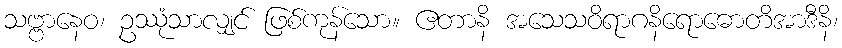
သဗ္ဗာနေဝ၊ ဥဿုံသာလျှင် ဖြစ်ကုန်သော။ ဧတာနိ အသေသဝိရာဂနိရောဓောတိအာဒီနိ၊